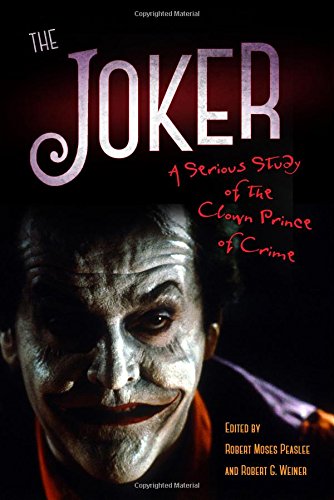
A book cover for The Joker: A Serious Study of the Clown Prince of Crime; Comics & Graphic Novels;